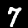
Label: 7